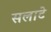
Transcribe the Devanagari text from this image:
सलाटे